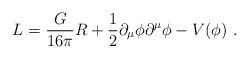
LaTeX: \begin{align*}L = \frac{G}{16\pi}R + \frac{1}{2} \partial_{\mu} \phi\partial^{\mu} \phi - V(\phi) \ .\end{align*}